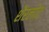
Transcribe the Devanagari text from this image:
शैरलोट